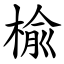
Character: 楡